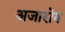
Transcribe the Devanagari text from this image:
अजारोव